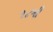
૧૮મી